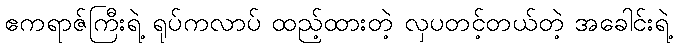
ဧကရာဇ်ကြီးရဲ့ ရုပ်ကလာပ် ထည့်ထားတဲ့ လှပတင့်တယ်တဲ့ အခေါင်းရဲ့